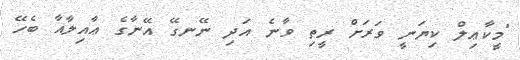
"މީކާޢިލް ކިޔަނީ ވަރަށް ރީތި ވާނެ އަދި ނޭނގޭ އޭނާގެ ޢާއިލާއާ ބެހޭ